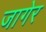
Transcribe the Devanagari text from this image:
जागेर